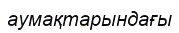
аумақтарындағы